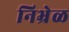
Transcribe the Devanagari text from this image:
निभ्रेळ